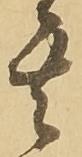
其